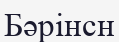
Бәрінсн